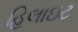
હિલાઇટ